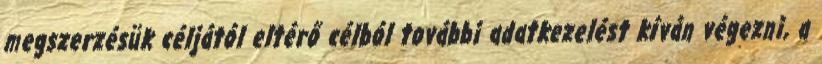
megszerzésük céljától eltérő célból további adatkezelést kíván végezni, a